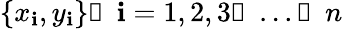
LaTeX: \{ x_{\mathbf{i}},y_{\mathbf{i}}\} ，\mathbf{i}=1,2,3，...，n